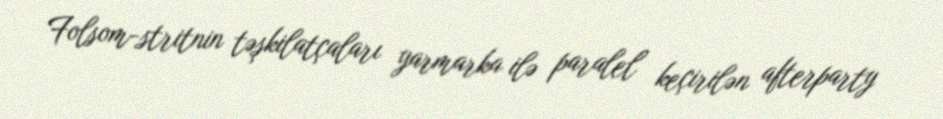
Folsom-stritnin təşkilatçaları yarmarka ilə paralel keçirilən afterparty